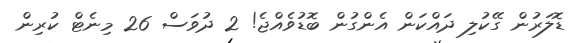
ޑޮލަރުން ގޭކުލި ދައްކަން އެންގުން ބޮޑުވެއްޖެ! 2 ދުވަސް 26 މިނެޓް ކުރިން